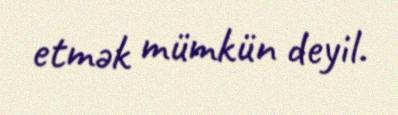
etmək mümkün deyil.